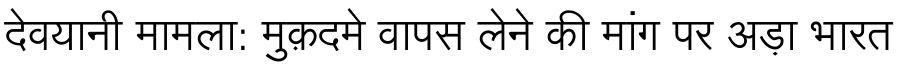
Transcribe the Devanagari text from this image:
देवयानी मामला: मुक़दमे वापस लेने की मांग पर अड़ा भारत